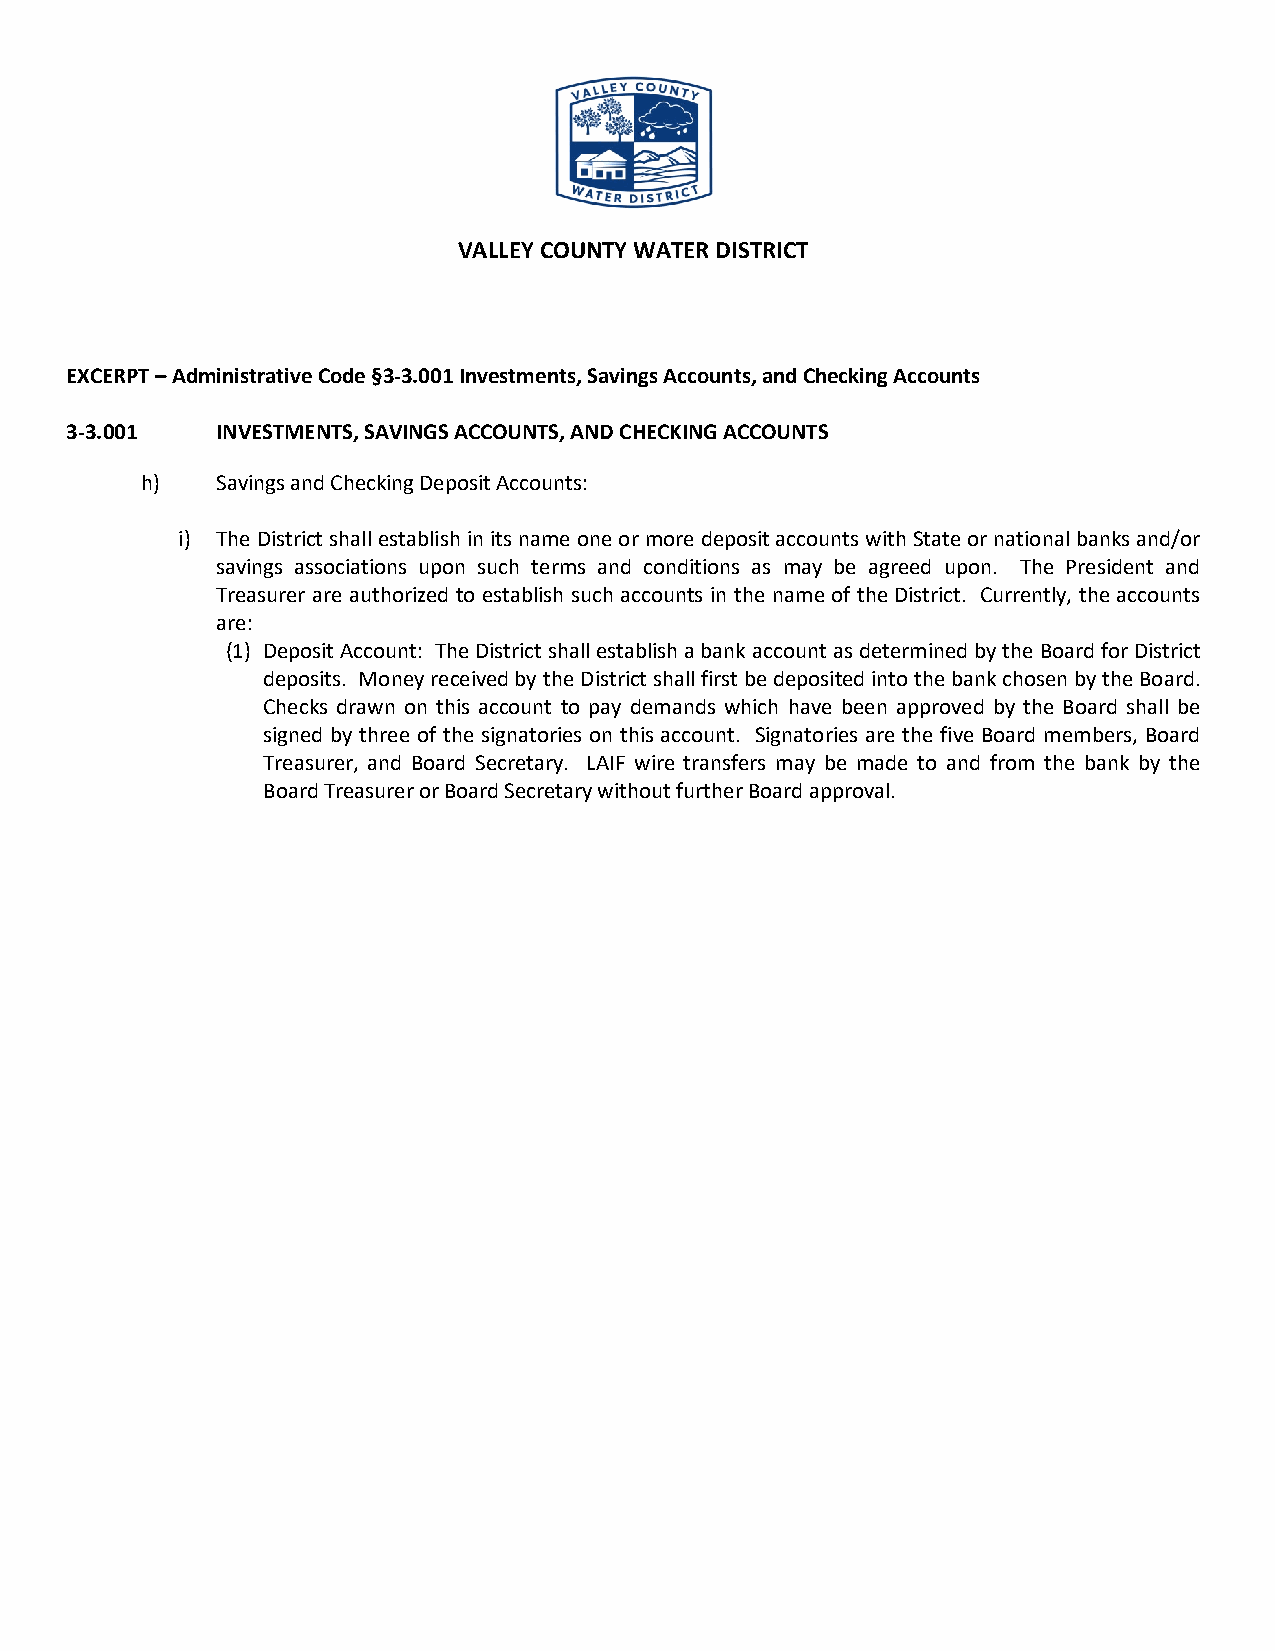
VALLEY COUNTY WATER DISTRICT
 EXCERPT – Administrative Code §3-3.001 Investments, Savings Accounts, and Checking Accounts
 3-3.001   INVESTMENTS, SAVINGS ACCOUNTS, AND CHECKING ACCOUNTS
 h)   Savings and Checking Deposit Accounts:
 i) The District shall establish in its name one or more deposit accounts with State or national banks and/or
 savings associations upon such terms and conditions as may be agreed upon. The President and
 Treasurer are authorized to establish such accounts in the name of the District. Currently, the accounts
 are:
 (1) Deposit Account: The District shall establish a bank account as determined by the Board for District
 deposits. Money received by the District shall first be deposited into the bank chosen by the Board.
 Checks drawn on this account to pay demands which have been approved by the Board shall be
 signed by three of the signatories on this account. Signatories are the five Board members, Board
 Treasurer, and Board Secretary. LAIF wire transfers may be made to and from the bank by the
 Board Treasurer or Board Secretary without further Board approval.